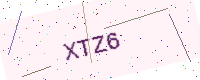
Text: XTZ6